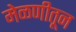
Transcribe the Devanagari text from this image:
मेळणीतून